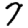
Digit: 7